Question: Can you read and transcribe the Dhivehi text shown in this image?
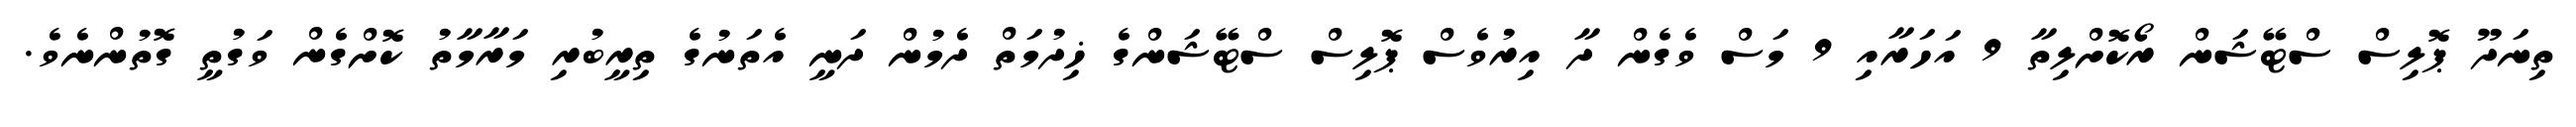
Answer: ތިނަދޫ ޕޮލިސް ސްޓޭޝަން ރޯކޮށްލިތާ 9 އަހަރާއި 9 މަސް ވެގެން ދާ އިރުވެސް ޕޮލިސް ސްޓޭޝަންގެ ޚިދުމަތް ދެމުން ދަނީ އެތަނުގެ ތިރީބުރި މަރާމާތު ކޮށްގެން ވަގުތީ ގޮތުންނެވެ.